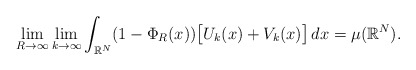
\begin{align*} \lim_{R\to \infty}\lim_{k\to \infty} \int_{\mathbb{R}^{N}}(1-\Phi_{R}(x))\big[ U_k(x)+V_k(x)\big]\,dx =\mu(\mathbb{R}^{N}). \end{align*}